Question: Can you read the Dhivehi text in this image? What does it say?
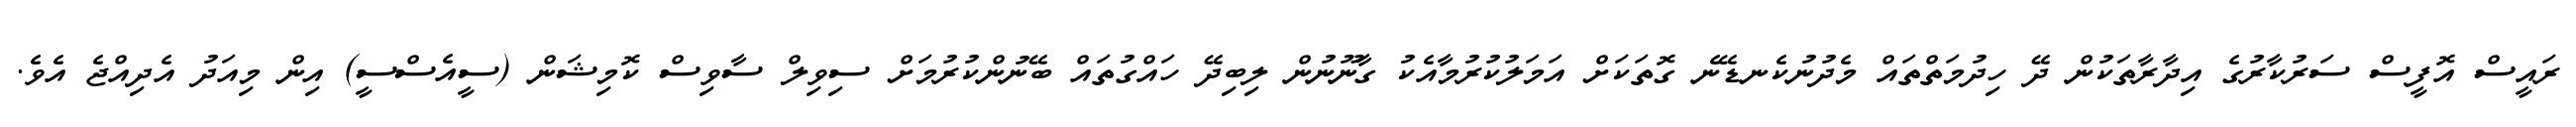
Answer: ރައީސް އޮފީސް ސަރުކާރުގެ އިދާރާތަކުން ދޭ ހިދުމަތްތައް މެދުނުކެނޑޭނެ ގޮތަކަށް އަމަލުކުރުމާއެކު ގާނޫނުން ލިބިދޭ ހައްގުތައް ބޭނުންކުރުމަށް ސިވިލް ސާވިސް ކޮމިޝަން (ސީއެސްސީ) އިން މިއަދު އެދިއްޖެ އެވެ.